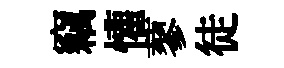
竊懽蓼徒